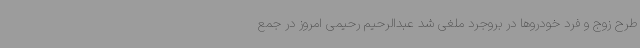
طرح زوج و فرد خودروها در بروجرد ملغی شد عبدالرحیم رحیمی امروز در جمع